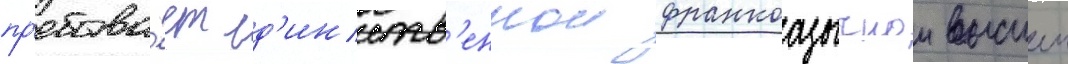
пр'ебыва́ет ед'инств'еннои франкоазычнои высшеи